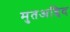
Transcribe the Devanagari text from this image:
मुतअद्दिद